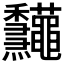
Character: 𥤠